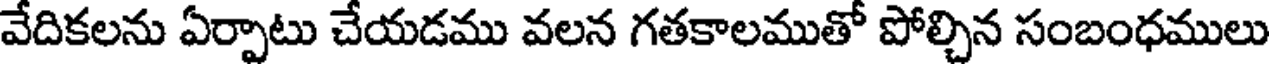
వేదికలను ఏర్పాటు చేయడము వలన గతకాలముతో పోల్చిన సంబంధములు